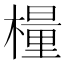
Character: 𣛀